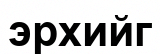
эрхийг